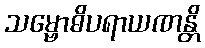
သမ္ဗောဓိပရာယဏန္တိ